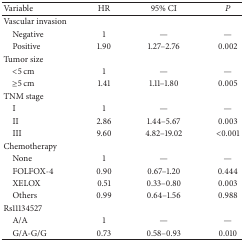
<table><thead><tr><td><b>Variable</b></td><td><b>HR</b></td><td><b>95% CI</b></td><td><b><i>P</i></b></td></tr></thead><tbody><tr><td>Vascular invasion</td><td> </td><td> </td><td> </td></tr><tr><td> Negative</td><td>1</td><td>—</td><td>—</td></tr><tr><td> Positive</td><td>1.90</td><td>1.27–2.76</td><td>0.002</td></tr><tr><td>Tumor size</td><td> </td><td> </td><td> </td></tr><tr><td> &lt;5 cm</td><td>1</td><td>—</td><td>—</td></tr><tr><td> ≥5 cm</td><td>1.41</td><td>1.11–1.80</td><td>0.005</td></tr><tr><td>TNM stage</td><td> </td><td> </td><td> </td></tr><tr><td> I</td><td>1</td><td>—</td><td>—</td></tr><tr><td> II</td><td>2.86</td><td>1.44–5.67</td><td>0.003</td></tr><tr><td> III</td><td>9.60</td><td>4.82–19.02</td><td>&lt;0.001</td></tr><tr><td>Chemotherapy</td><td> </td><td> </td><td> </td></tr><tr><td> None</td><td>1</td><td>—</td><td>—</td></tr><tr><td> FOLFOX-4</td><td>0.90</td><td>0.67–1.20</td><td>0.444</td></tr><tr><td> XELOX</td><td>0.51</td><td>0.33–0.80</td><td>0.003</td></tr><tr><td> Others</td><td>0.99</td><td>0.64–1.56</td><td>0.988</td></tr><tr><td>Rs11134527</td><td> </td><td> </td><td> </td></tr><tr><td> A/A</td><td>1</td><td>—</td><td>—</td></tr><tr><td> G/A-G/G</td><td>0.73</td><td>0.58–0.93</td><td>0.010</td></tr></tbody></table>